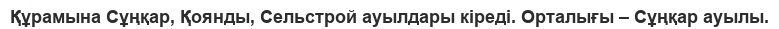
Құрамына Сұңқар, Қоянды, Сельстрой ауылдары кіреді. Орталығы – Сұңқар ауылы.